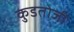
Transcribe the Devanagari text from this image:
कुडतोजी